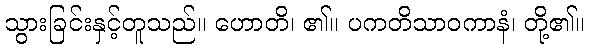
သွားခြင်းနှင့်တူသည်။ ဟောတိ၊ ၏။ ပကတိသာဝကာနံ၊ တို့၏။